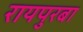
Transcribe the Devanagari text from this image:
रायपुरबा